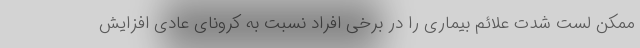
ممکن لست شدت علائم بیماری را در برخی افراد نسبت به کرونای عادی افزایش